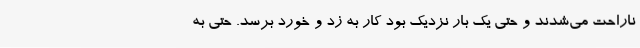
ناراحت می‌شدند و حتی یک بار نزدیک بود کار به زد و خورد برسد. حتی به